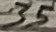
Text: 35